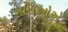
ગતિઓએ